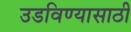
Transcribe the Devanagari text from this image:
उडविण्यासाठी